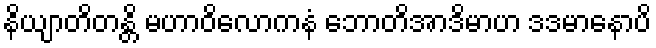
နိယျာတိတန္တိ မဟာဝိလောကနံ ဘောတိအာဒိမာဟ ဒဒမာနောပိ